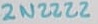
Text: 2N2222